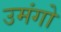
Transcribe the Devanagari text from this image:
उमंगो